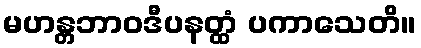
မဟန္တဘာဝဒီပနတ္ထံ ပကာသေတိ။